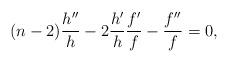
LaTeX: \begin{align*} (n-2)\frac{h^{\prime\prime}}{h}-2\frac{h^\prime}{h}\frac{f^\prime}{f}-\frac{f^{\prime\prime}}{f}=0, \end{align*}